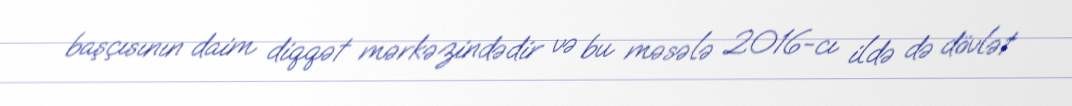
başçısının daim diqqət mərkəzindədir və bu məsələ 2016-cı ildə də dövlət